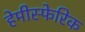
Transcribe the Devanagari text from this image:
हेमीस्फेरिक